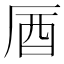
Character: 𠩚